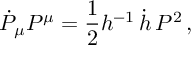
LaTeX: \dot { P } _ { \mu } P ^ { \mu } = { \frac { 1 } { 2 } } h ^ { - 1 } \, \dot { h } \, P ^ { 2 } \, ,